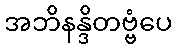
အဘိနန္ဒိတဗ္ဗံပေ